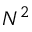
N ^ { 2 }